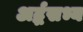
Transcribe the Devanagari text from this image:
अर्द्धसभ्य